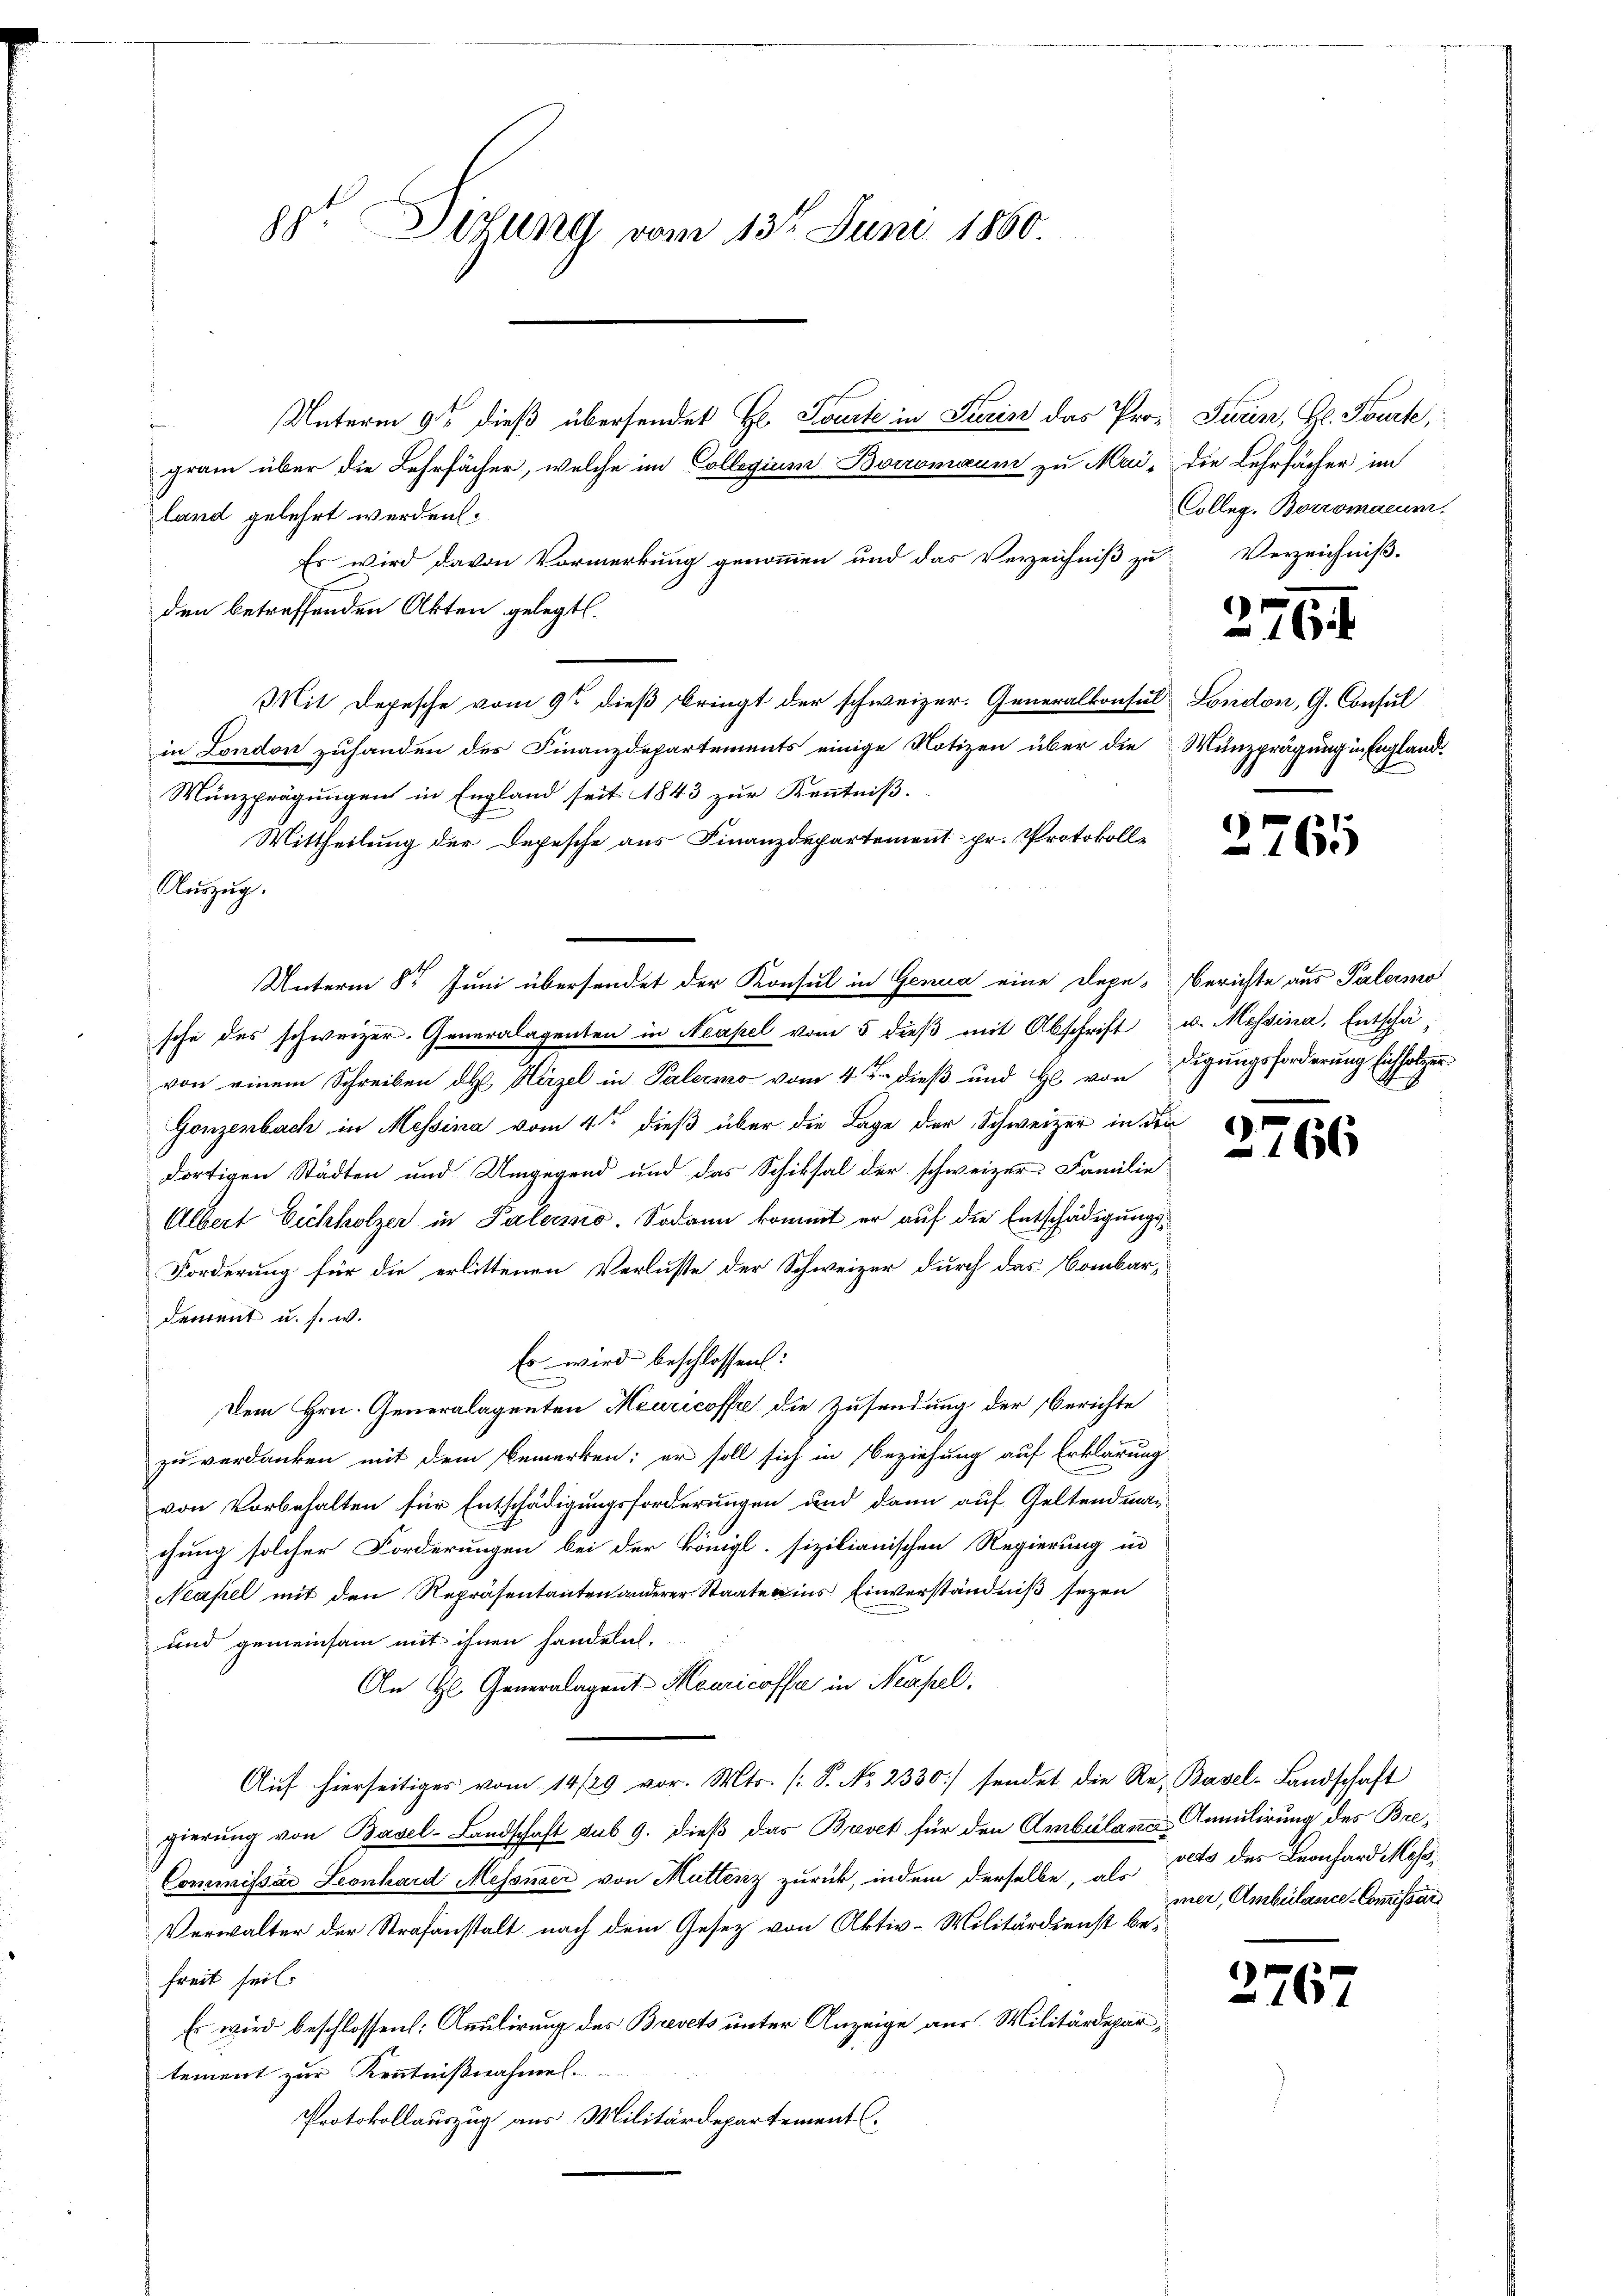
Nauzug.

gt. Dezung vom 13ten Juni 1860.

land gelehrt werden:
Es wird davon Vormerkung genommen und das Verzeichniß zu
den betreffenden Akten gelegt.
in London zuhanden des Finanzdepartements einige Notizen über die Münzprägung in England¬
Münzprägungen in England seit 1843 zur Kenntniß.
Mittheilung der Depesche aus Finanzdepartement pr. Protokolle
sche des schweizer. Generalagenten in Neapel vom 5 dieβ mit Abschrift u. Messina, Entschävon einem Schreiben des Hirzel in Palermo vom 4ten dieß und H. von Figungsforderung sichholzer
Gonzenbach in Messina vom 4ten dieß über die Tage der Schweizer in der
dortigen Städten und Umgegend und das Schiksal der schweizer Familie
Albert Eichholzer in Palermo. Sodann kommt er auf die Entschädigungs¬
Forderung für die erlittenen Verluste der Schweizer durch das Combar-
dement u. s. w.
Es wird beschlossen:
Dem Hrn. Generalagenten Meuricoffe die Zusendung der Berichte
zu verdanken mit dem Bemerken; er soll sich in Beziehung auf Erklärung
von Vorbehalten für Entschädigungsforderungen und dann auf Geltendman
chung solcher Forderungen bei der königl. sizilianischen Regierung in
Neapel mit den Repräsentanten anderer Staate ins Einverständniß sezen
und gemeinsam mit ihnen handeln.
An Hl. Generalagent Mauricoffe in Neapel.
Auf hierseitiges vom 14/29 vor. Mts. (T. No. 2330/ sendet die Re- Basel-Landschaft
gierung von Basel-Landschaft sub 9. dieß das Brevet für den Ambulans-Anmulirung des Bre¬
Commissär Leonhard Messner von Muttenz zurück, indem derselbe, als
Verwalter der Strafanstalt nach dem Gesetz von Aktiv-Militärdienst befreit seil.
Es wird beschlossen: Apulirung des Brevets unter Anzeige aus Militärdepartement zur Kenntnißnahmen.
Protokollauszug aus Militärdepartement

gram über die Lehrfächer, welche im Collegium Boromaum zu Mai, die Lehrfächer im

Unterm 9ten dieß übersendet Hr. Spark in Turin das Prof Turin, Gl. Tourte,

Mit Depesche vom 9ten dieß bringt der schweizer. Generalkonsul London, G. Consul

Unterm 8t Juni übersendet der Konsul in Genua eine Depe-Berichte aus Palermo

Colleg. Boromaeum.
Verzeichniß.

2761

2.

76

vets des Leonhard Mess
mer, Ambülance-Commissärs

2767